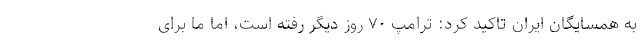
به همسایگان ایران تاکید کرد: ترامپ ۷۰ روز دیگر رفته است، اما ما برای